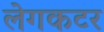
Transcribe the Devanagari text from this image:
लेगकटर